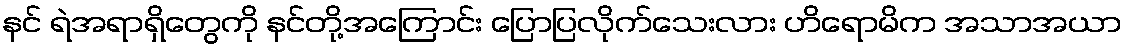
နင် ရဲအရာရှိတွေကို နင်တို့အကြောင်း ပြောပြလိုက်သေးလား ဟိရောမိက အသာအယာ